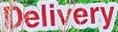
Delivery